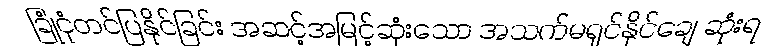
ခြုံငုံတင်ပြနိုင်ခြင်း အဆင့်အမြင့်ဆုံးသော အသက်မရှင်နိုင်ချေ ဆုံးရ